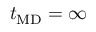
t _ { \mathrm { M D } } = \infty